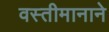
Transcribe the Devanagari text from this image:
वस्तीमानाने